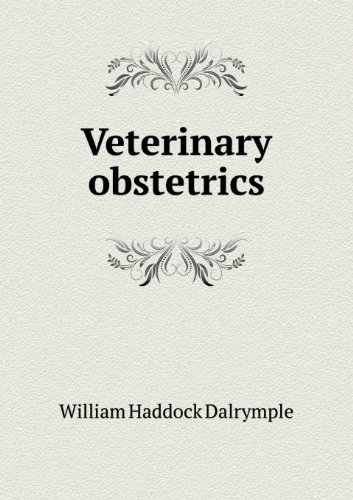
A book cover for Veterinary Obstetrics; William Haddock Dalrymple; Medical Books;